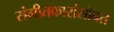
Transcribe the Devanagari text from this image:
संगीतकारांसोबत